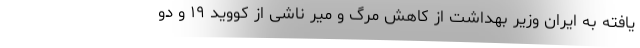
یافته به ایران وزیر بهداشت از کاهش مرگ و میر ناشی از کووید ۱۹ و دو